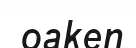
oaken